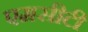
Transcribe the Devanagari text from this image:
एमसीटी